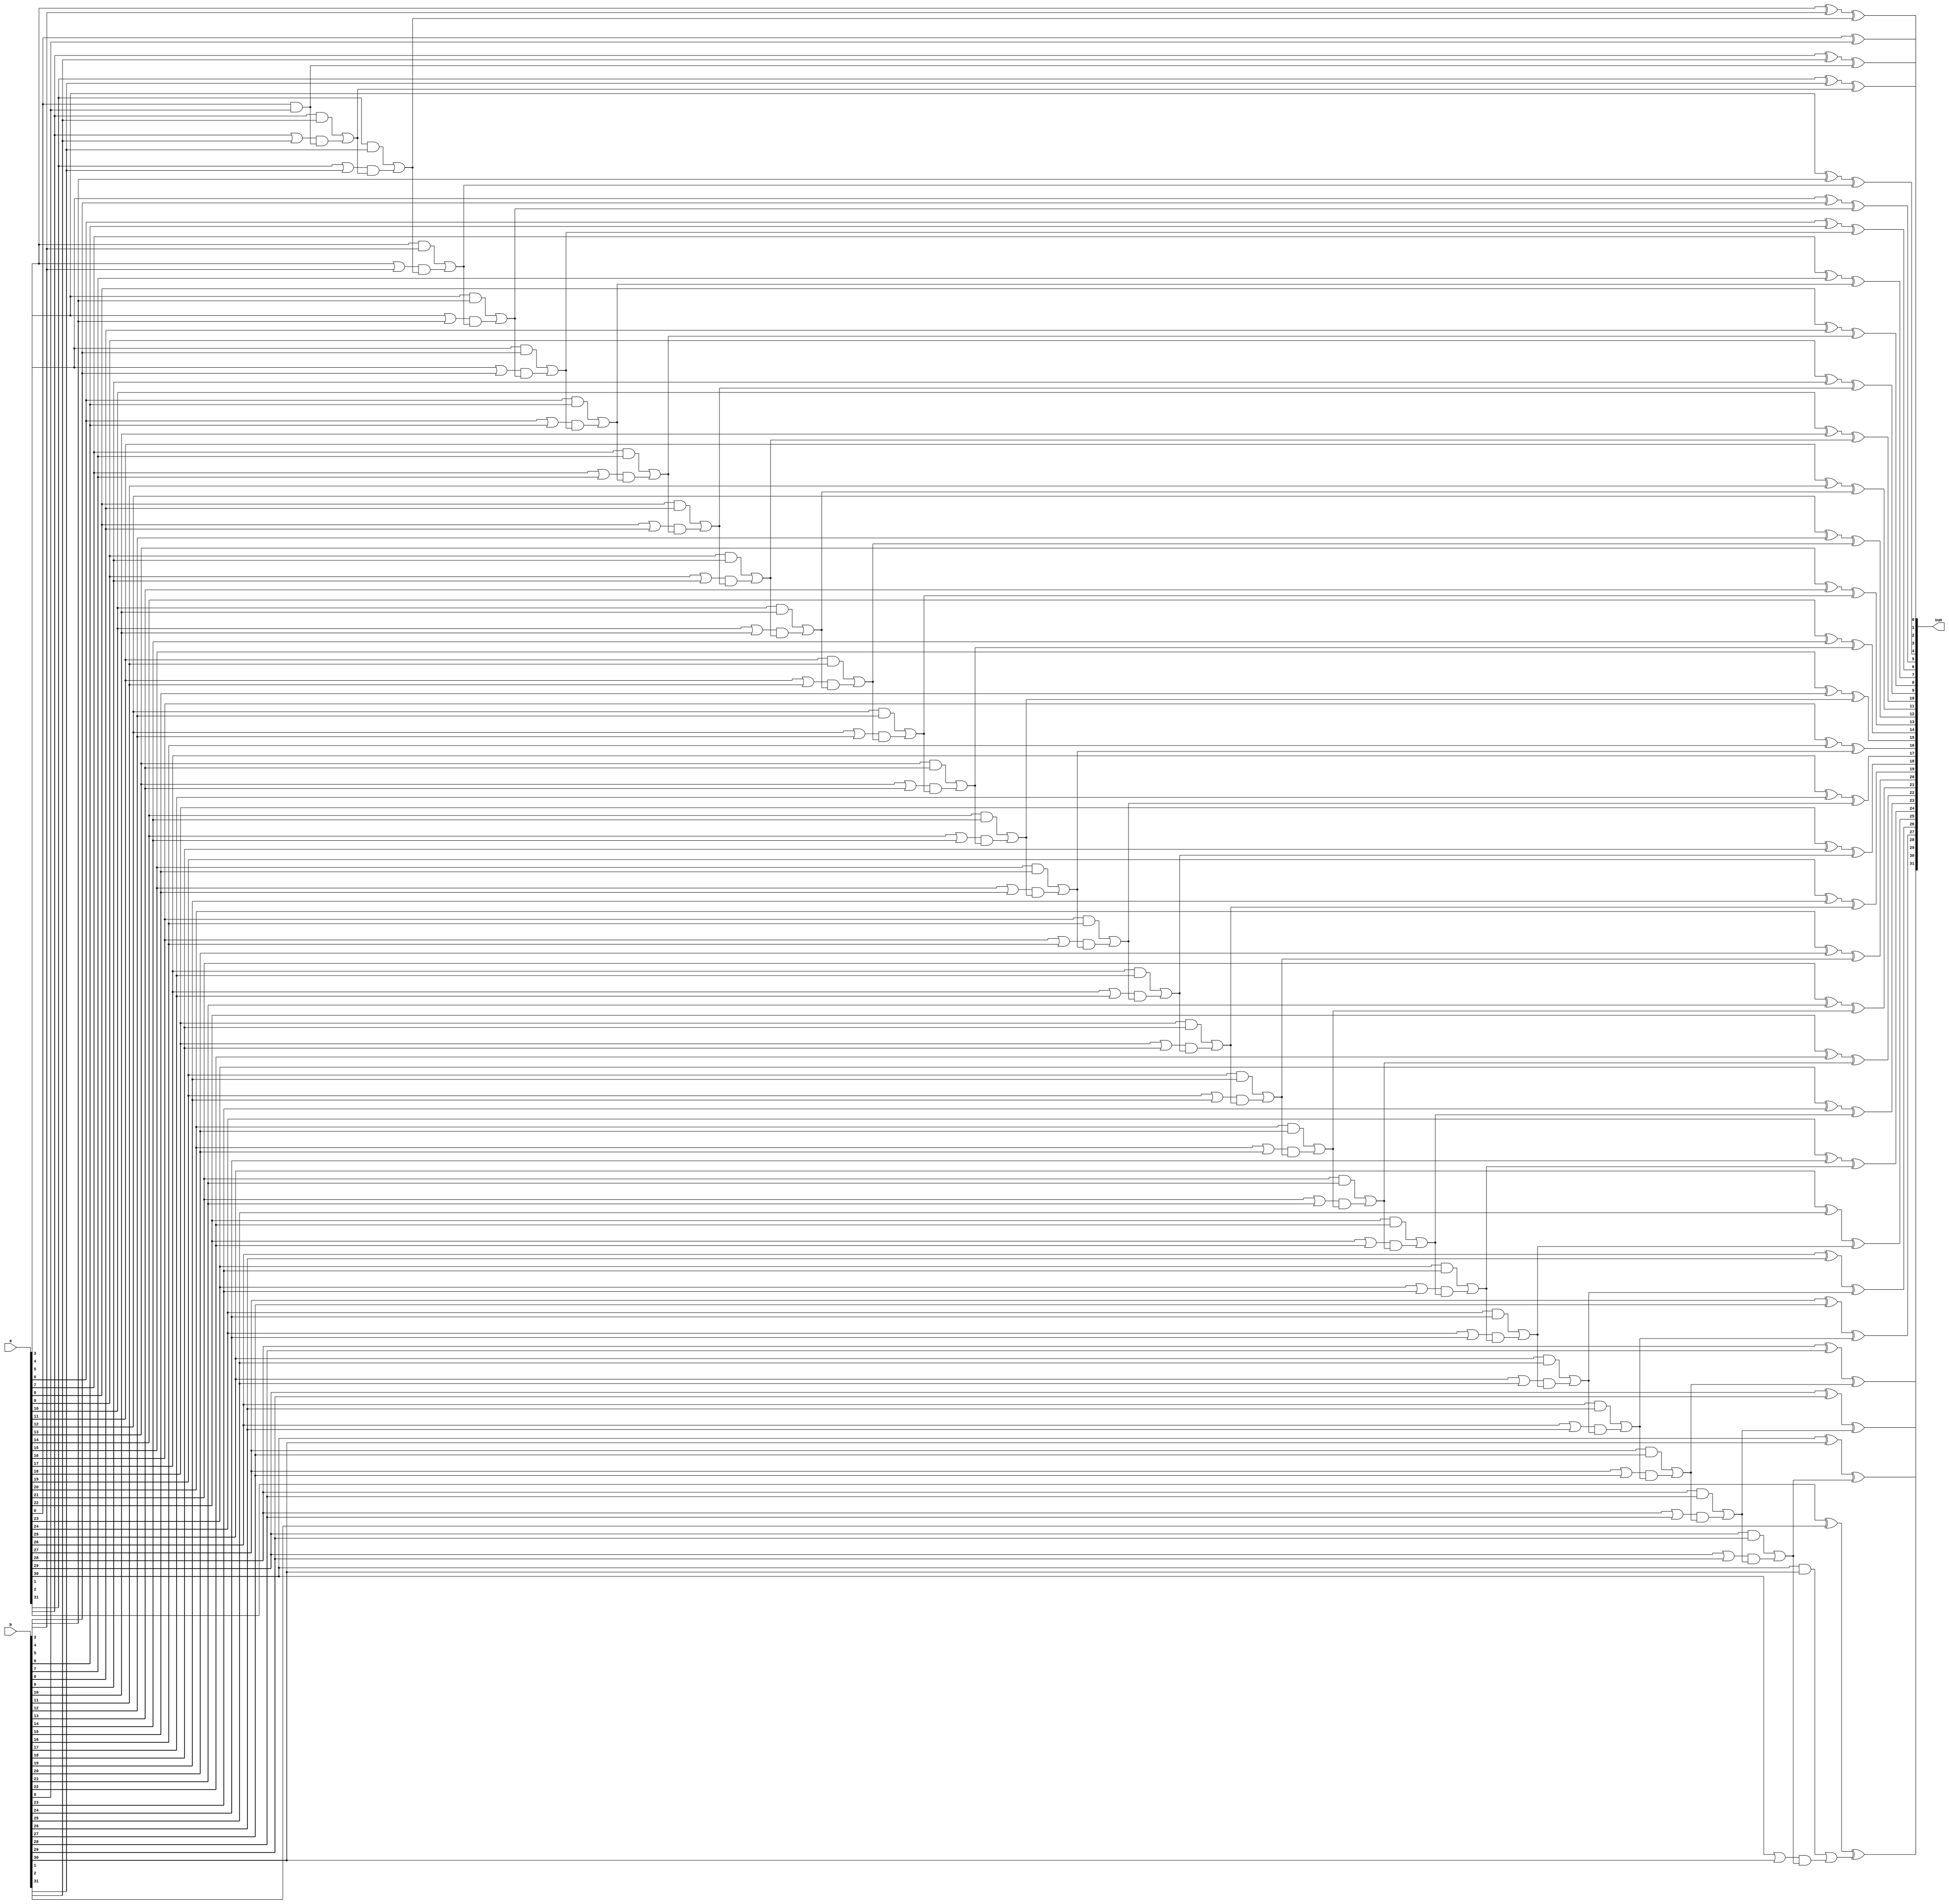
/* ACM Class System (I) Fall Assignment 1 
 *
 *
 * Implement your naive adder here
 * 
 * GUIDE:
 *   1. Create a RTL project in Vivado
 *   2. Put this file into `Sources'
 *   3. Put `test_adder.v' into `Simulation Sources'
 *   4. Run Behavioral Simulation
 *   5. Make sure to run at least 100 steps during the simulation (usually 100ns)
 *   6. You can see the results in `Tcl console'
 *
 */

module Add(
	// TODO: Write the ports of this module here
	//
	// Hint: 
	//   The module needs 4 ports, 
	//     the first 2 ports are 16-bit unsigned numbers as the inputs of the adder
	//     the third port is a 16-bit unsigned number as the output
	//	   the forth port is a one bit port as the carry flag
	// 
	input       [31:0]          a,
    input       [31:0]          b,
    output reg  [31:0]          sum
);
	reg g[31:0];
    reg p[31:0];
    reg ans[31:0];
    integer i;
    
    always @(*) begin
        for(i=0;i<32;i=i+1) begin
        	g[i] = a[i]&b[i];
            p[i] = a[i]|b[i];
        end
        ans[0]=1'b0;
        for(i=0;i<31;i=i+1)begin
            ans[i+1]=g[i]|(p[i]&ans[i]);
        end
        for(i=0;i<32;i=i+1)begin
            sum[i]=a[i]^b[i]^ans[i];
        end
    end
endmodule